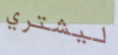
ليشتري